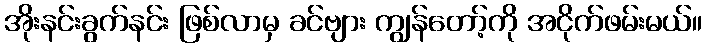
အိုးနင်းခွက်နင်း ဖြစ်လာမှ ခင်ဗျား ကျွန်တော့်ကို အငိုက်ဖမ်းမယ်။